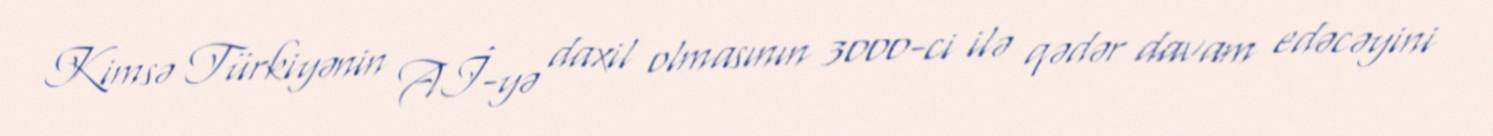
Kimsə Türkiyənin Aİ-yə daxil olmasının 3000-ci ilə qədər davam edəcəyini